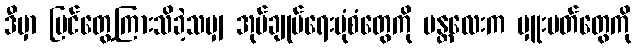
ဒီမှာ မြင်တွေ့ကြားသိခဲ့သမျှ အုပ်ချုပ်ရေးပုံစံတွေကို မန္တလေးက မှူးမတ်တွေကို